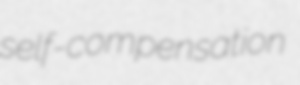
self-compensation